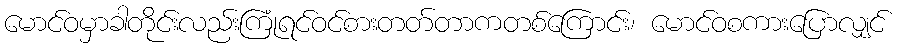
မောင်ဝမှာခါတိုင်းလည်းကြုံရင်ဝင်စားတတ်တာကတစ်ကြောင်း၊ မောင်ဝစကားပြောလျှင်